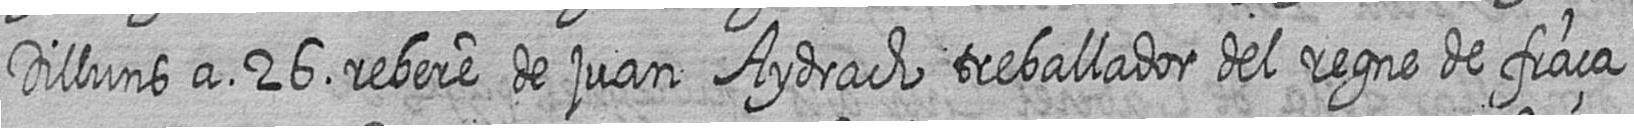
Dilluns a 26 rebere de juan Aydrach treballador del regne de fraça